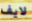
لايف